Report of the Indian Hemp Drugs Commission, 1894-1895 - Volume IV
Year: 1894
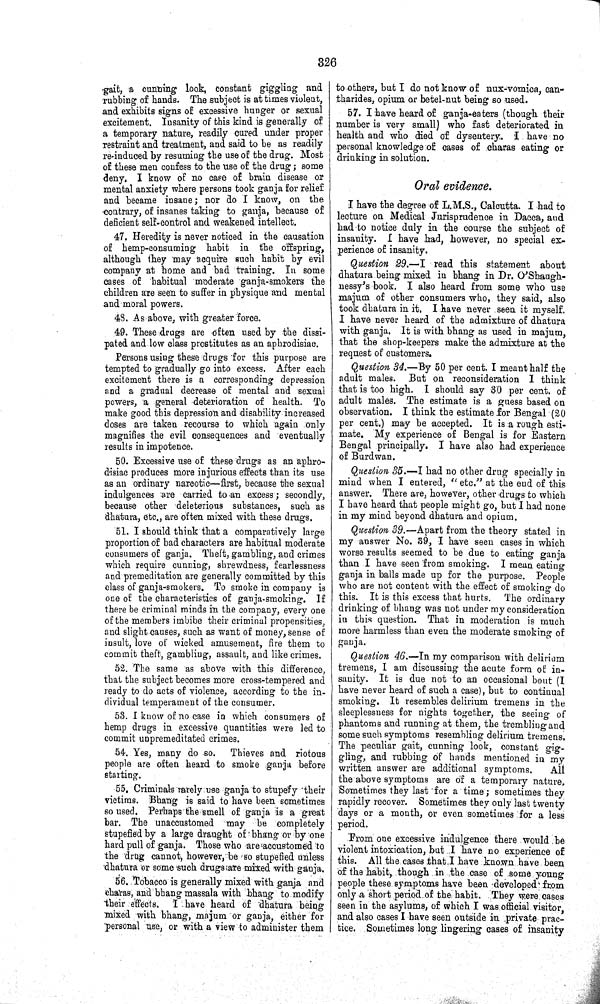
326
gait, a cunning look, constant giggling and
rubbing of hands. The subject is at times violent,
and exhibits signs of excessive hunger or sexual
excitement. Insanity of this kind is generally of
a temporary nature, readily cured under proper
restraint and treatment, and said to be as readily
re-induced by resuming the use of the drug. Most
of these men confess to the use of the drug; some
deny. I know of no case of brain disease or
mental anxiety where persons took ganja for relief
and became insane; nor do I know, on the
contrary, of insanes taking to ganja, because of
deficient self-control and weakened intellect.
47. Heredity is never noticed in the causation
of hemp-consuming habit in the offspring,
although they may acquire such habit by evil
company at home and bad training. In some
cases of habitual moderate ganja-smokers the
children are seen to suffer in physique and mental
and moral powers.
48. As above, with greater force.
49. These drugs are often used by the dissi-
pated and low class prostitutes as an aphrodisiac.
Persons using these drugs for this purpose are
tempted to gradually go into excess. After each
excitement there is a corresponding depression
and a gradual decrease of mental and sexual
powers, a general deterioration of health. To
make good this depression and disability increased
doses are taken recourse to which again only
magnifies the evil consequences and eventually
results in impotence.
50. Excessive use of these drugs as an aphro-
disiac produces more injurious effects than its use
as an ordinary narcotic—first, because the sexual
indulgences are carried to an excess; secondly,
because other deleterious substances, such as
dhatura, etc., are often mixed with these drugs.
51. I should think that a comparatively large
proportion of bad characters are habitual moderate
consumers of ganja. Theft, gambling, and crimes
which require cunning, shrewdness, fearlessness
and premeditation are generally committed by this
class of ganja-smokers. To smoke in company is
one of the characteristics of ganja-smoking. If
there be criminal minds in the company, every one
of the members imbibe their criminal propensities,
and slight causes, such as want of money, sense of
insult, love of wicked amusement, fire them to
commit theft, gambling, assault, and like crimes.
52. The same as above with this difference,
that the subject becomes more cross-tempered and
ready to do acts of violence, according to the in-
dividual temperament of the consumer.
53. I know of no case in which consumers of
hemp drugs in excessive quantities were led to
commit unpremeditated crimes.
54. Yes, many do so. Thieves and riotous
people are often heard to smoke ganja before
starting.
55. Criminals rarely use ganja to stupefy their
victims. Bhang is said to have been sometimes
so used. Perhaps the smell of ganja is a great
bar. The unaccustomed may be completely
stupefied by a large draught of bhang or by one
hard pull of ganja. Those who are accustomed to
the drug cannot, however, be so stupefied unless
dhatura or some such drugs are mixed with ganja.
56. Tobacco is generally mixed with ganja and
charas, and bhang massala with bhang to modify
their effects. I have heard of dhatura being
mixed with bhang, majum or ganja, either for
personal use, or with a view to administer them
to others, but I do not know of nux-vomica, can-
tharides, opium or betel-nut being so used.
57. I have heard of ganja-eaters (though their
number is very small) who fast deteriorated in
health and who died of dysentery. I have no
personal knowledge of cases of charas eating or
drinking in solution.
Oral evidence.
I have the degree of L.M.S., Calcutta. I had to
lecture on Medical Jurisprudence in Dacca, and
had to notice duly in the course the subject of
insanity. I have had, however, no special ex-
perience of insanity.
Question 29.—I read this statement about
dhatura being mixed in bhang in Dr. O'Shaugh-
nessy's book. I also heard from some who use
majum of other consumers who, they said, also
took dhatura in it. I have never seen it myself.
I have never heard of the admixture of dhatura
with ganja. It is with bhang as used in majum,
that the shop-keepers make the admixture at the
request of customers.
Question 34.—By 50 per cent. I meant half the
adult males. But on reconsideration I think
that is too high. I should say 30 per cent. of
adult males. The estimate is a guess based on
observation. I think the estimate for Bengal (20
per cent.) may be accepted. It is a rough esti-
mate. My experience of Bengal is for Eastern
Bengal principally. I have also had experience
of Burdwan.
Question 35.—I had no other drug specially in
mind when I entered, "etc." at the end of this
answer. There are, however, other drugs to which
I have heard that people might go, but I had none
in my mind beyond dhatura and opium.
Question 39.—Apart from the theory stated in
my answer No. 39, I have seen cases in which
worse results seemed to be due to eating ganja
than I have seen from smoking. I mean eating
ganja in balls made up for the purpose. People
who are not content with the effect of smoking do
this. It is this excess that hurts. The ordinary
drinking of bhang was not under my consideration
in this question. That in moderation is much
more harmless than even the moderate smoking of
ganja.
Question 46.—In my comparison with delirium
tremens, I am discussing the acute form of in-
sanity. It is due not to an occasional bout (I
have never heard of such a case), but to continual
smoking. It resembles delirium tremens in the
sleeplessness for nights together, the seeing of
phantoms and running at them, the trembling and
some such symptoms resembling delirium tremens.
The peculiar gait, cunning look, constant gig-
gling, and rubbing of hands mentioned in my
written answer are additional symptoms.
All
the above symptoms are of a temporary nature.
Sometimes they last for a time; sometimes they
rapidly recover. Sometimes they only last twenty
days or a month, or even sometimes for a less
period.
From one excessive indulgence there would be
violent intoxication, but I have no experience of
this. All the cases that I have known have been
of the habit, though in the case of some young
people these symptoms have been developed from
only a short period of the habit. They were cases
seen in the asylums, of which I was official visitor,
and also cases I have seen outside in private prac-
tice. Sometimes long lingering cases of insanity